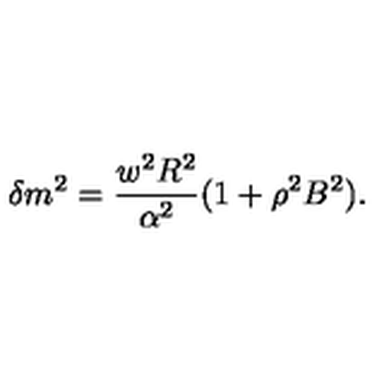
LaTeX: \delta m ^ { 2 } = \frac { w ^ { 2 } R ^ { 2 } } { \alpha ^ { 2 } } ( 1 + \rho ^ { 2 } B ^ { 2 } ) .